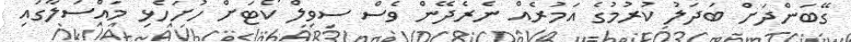
ގޭބަންދަށް ބަދަލު ކުރުމުގެ އަމުރެއް ނެރެދޭން ވެސް ސިވިލް ކޯޓަށް ހުށަހެޅި މައްސަލާގައި